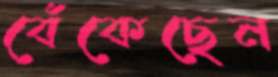
বেঁকেছেন